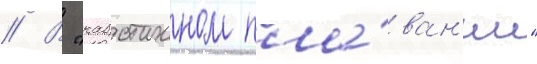
// В "каботажном пла́ван'ии"